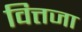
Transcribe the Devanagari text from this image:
वित्तजा